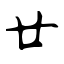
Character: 廿